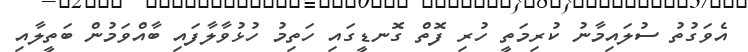
އެވަގުތު ސުލައިމާނު ކުރިމަތީ ހުރި ފޮތް ގޮނޑީގައި ހަތިމު ހުޅުވާލާފައި ބާއްވަމުން ބަތީލާއި